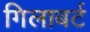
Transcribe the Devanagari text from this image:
गिलाबर्ट